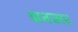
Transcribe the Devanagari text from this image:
अनजस्ट